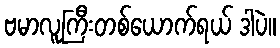
ဗမာလူကြီးတစ်ယောက်ရယ် ဒါပဲ။